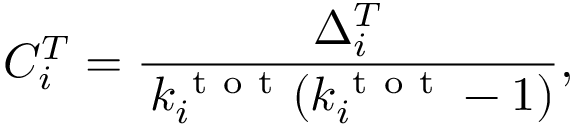
C _ { i } ^ { T } = \frac { \Delta _ { i } ^ { T } } { \, k _ { i } ^ { \mathrm { ~ t ~ o ~ t ~ } } ( k _ { i } ^ { \mathrm { ~ t ~ o ~ t ~ } } - 1 ) } ,